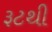
રૂટથી